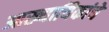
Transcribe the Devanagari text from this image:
आख्यायिकांचे